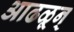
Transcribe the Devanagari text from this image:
आढळून्